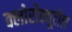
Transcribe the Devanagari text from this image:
क्लोरोक्यूटोल